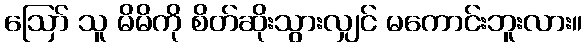
ဪ သူ မိမိကို စိတ်ဆိုးသွားလျှင် မကောင်းဘူးလား။